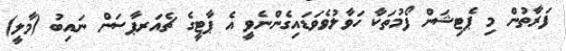
ފަރާތުން މި ޕެޓިޝަން ފޯމުތަކާ ހަވާލުވެވަޑައިގެންނެވީ އެ ޕާޓީގެ ޗެއަރޕާސަން ނައިބު (މާލީ)